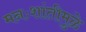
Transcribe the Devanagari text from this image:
मनःशांतीमुळे